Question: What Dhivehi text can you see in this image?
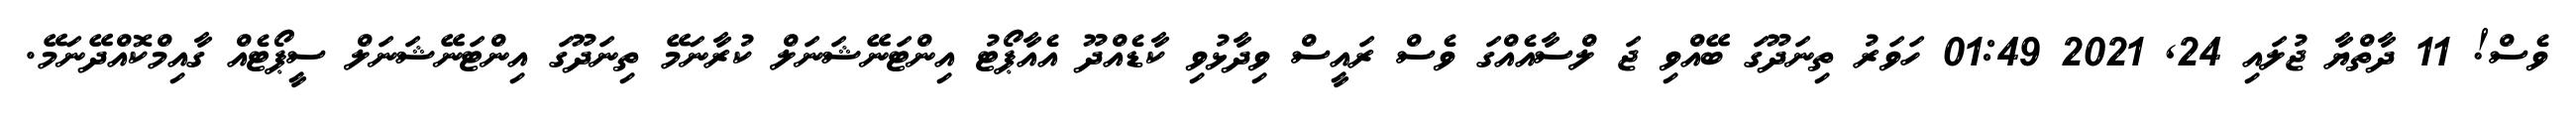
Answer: ވެސް! 11 ދާތްޔާ ޖުލައި 24, 2021 01:49 ހަވަރު ތިނަދޫގަ ބޭއްވި ޖަ ލްސާއެއްގަ ވެސް ރައީސް ވިދާޅުވި ކާޑެއްދޫ އެއާޕޯޓު އިންޓަނޭޝަނަލް ކުރާނަމޭ ތިނަދޫގަ އިންޓަނޭޝަނަލް ސީޕޯޓެއް ގާއިމްކޮއްދޭނަމޭ.